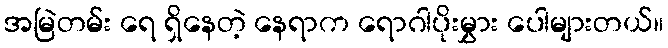
အမြဲတမ်း ရေ ရှိနေတဲ့ နေရာက ရောဂါပိုးမွှား ပေါများတယ်။